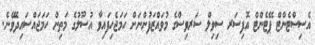
އެސިސްޓެންޓް ޕޭޓެންޓް އޮފިސަރ ސިވިލް ސަރވިސްގެ މުވައްޒަފުންނަށް ހަމަޖެހިފައިވާ އުސޫލުގެ މަތިން ހަމަޖައްސައިދެވޭނެ.